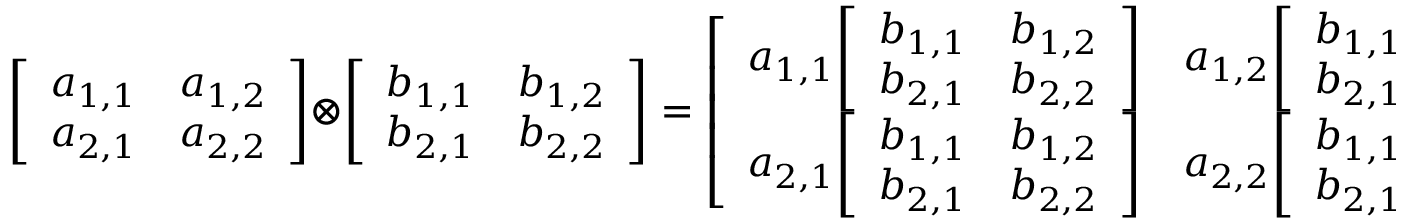
{ \left[ \begin{array} { l l } { a _ { 1 , 1 } } & { a _ { 1 , 2 } } \\ { a _ { 2 , 1 } } & { a _ { 2 , 2 } } \end{array} \right] } \otimes { \left[ \begin{array} { l l } { b _ { 1 , 1 } } & { b _ { 1 , 2 } } \\ { b _ { 2 , 1 } } & { b _ { 2 , 2 } } \end{array} \right] } = { \left[ \begin{array} { l l } { a _ { 1 , 1 } { \left[ \begin{array} { l l } { b _ { 1 , 1 } } & { b _ { 1 , 2 } } \\ { b _ { 2 , 1 } } & { b _ { 2 , 2 } } \end{array} \right] } } & { a _ { 1 , 2 } { \left[ \begin{array} { l l } { b _ { 1 , 1 } } & { b _ { 1 , 2 } } \\ { b _ { 2 , 1 } } & { b _ { 2 , 2 } } \end{array} \right] } } \\ { a _ { 2 , 1 } { \left[ \begin{array} { l l } { b _ { 1 , 1 } } & { b _ { 1 , 2 } } \\ { b _ { 2 , 1 } } & { b _ { 2 , 2 } } \end{array} \right] } } & { a _ { 2 , 2 } { \left[ \begin{array} { l l } { b _ { 1 , 1 } } & { b _ { 1 , 2 } } \\ { b _ { 2 , 1 } } & { b _ { 2 , 2 } } \end{array} \right] } } \end{array} \right] } = { \left[ \begin{array} { l l l l } { a _ { 1 , 1 } b _ { 1 , 1 } } & { a _ { 1 , 1 } b _ { 1 , 2 } } & { a _ { 1 , 2 } b _ { 1 , 1 } } & { a _ { 1 , 2 } b _ { 1 , 2 } } \\ { a _ { 1 , 1 } b _ { 2 , 1 } } & { a _ { 1 , 1 } b _ { 2 , 2 } } & { a _ { 1 , 2 } b _ { 2 , 1 } } & { a _ { 1 , 2 } b _ { 2 , 2 } } \\ { a _ { 2 , 1 } b _ { 1 , 1 } } & { a _ { 2 , 1 } b _ { 1 , 2 } } & { a _ { 2 , 2 } b _ { 1 , 1 } } & { a _ { 2 , 2 } b _ { 1 , 2 } } \\ { a _ { 2 , 1 } b _ { 2 , 1 } } & { a _ { 2 , 1 } b _ { 2 , 2 } } & { a _ { 2 , 2 } b _ { 2 , 1 } } & { a _ { 2 , 2 } b _ { 2 , 2 } } \end{array} \right] } .